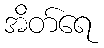
အိတ်ရေ